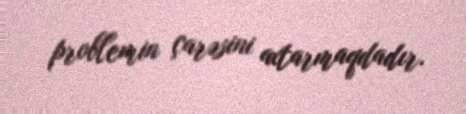
problemin çarəsini axtarmaqdadır.